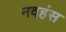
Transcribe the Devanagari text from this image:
नवहंस